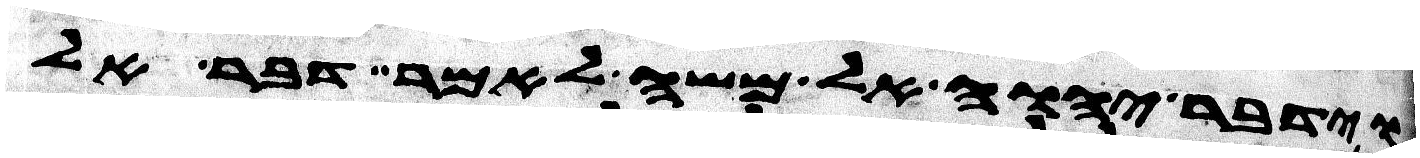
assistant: וידבר יהוה אל משה לאמר דבר אל